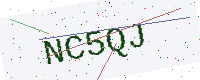
Text: NC5QJ